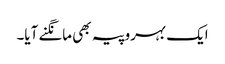
ایک بہروپیہ بھی مانگنے آیا۔